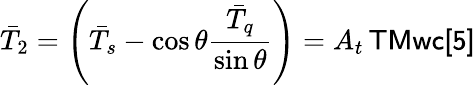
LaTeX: \bar{T}_{2}=\left(\bar{T}_{s}-\cos\theta\frac{\bar{T}_{q}}{\sin\theta}\right)=A_{t}\, {\sf TMwc[5]}